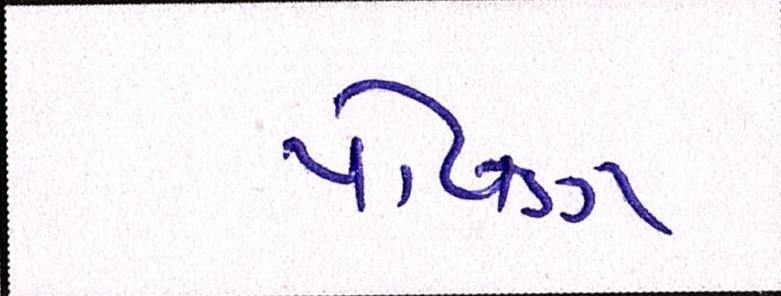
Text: પોષણ